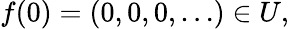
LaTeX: f(0)=(0,0,0,\ldots)\in U,